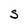
Character: S